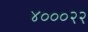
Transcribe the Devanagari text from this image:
४०००२२